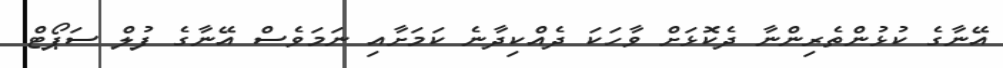
އޭނާގެ ކުޅުންތެރިންނާ ދެކޮޅަށް ވާހަކަ ދެއްކިދާނެ ކަމަށާއި ނަމަވެސް އޭނާގެ ފުލް ސަޕޯޓް